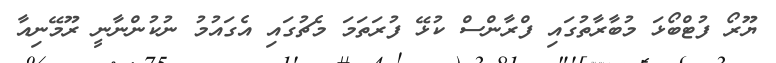
ޔޫރޯ ފުޓްބޯޅަ މުބާރާތުގައި ފްރާންސް ކުޅޭ ފުރަތަމަ މެޗުގައި އެގައުމު ނުކުންނާނީ ރޫމޭނިއާ